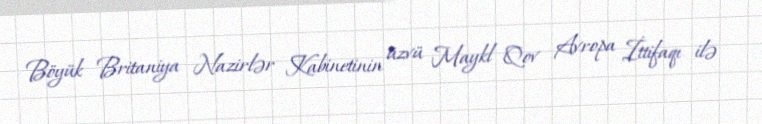
Böyük Britaniya Nazirlər Kabinetinin üzvü Maykl Qov Avropa İttifaqı ilə